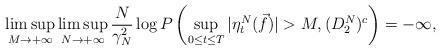
LaTeX: \begin{align*}\limsup_{M\rightarrow+\infty}\limsup_{N\rightarrow+\infty}\frac{N}{\gamma^2_N}\log P\left(\sup_{0\leq t\leq T}|\eta_t^N(\vec{f})|>M, (D_2^N)^c\right)=-\infty,\end{align*}